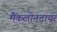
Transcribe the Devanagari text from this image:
मैकलीनटायर